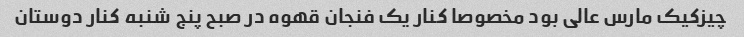
چیزکیک مارس عالی بود مخصوصا کنار یک فنجان قهوه در صبح پنج شنبه کنار دوستان